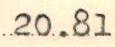
20.81